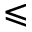
\leqslant